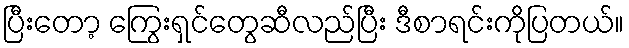
ပြီးတော့ ကြွေးရှင်တွေဆီလည်ပြီး ဒီစာရင်းကိုပြတယ်။